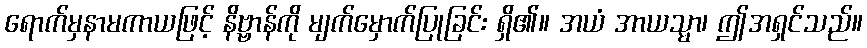
ရောက်မှနာမကာယဖြင့် နိဗ္ဗာန်ကို မျက်မှောက်ပြုခြင်း ရှိ၏။ အယံ အာယသ္မာ၊ ဤအရှင်သည်။